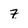
Character: Z